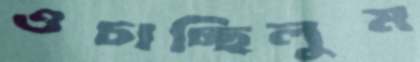
ওচাচ্ছিলুম